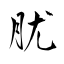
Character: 肬